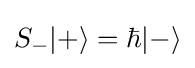
S_{-}|+\rangle =\hbar |-\rangle